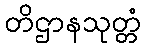
တိဌာနသုတ္တံ